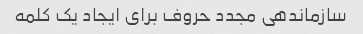
سازماندهی مجدد حروف برای ایجاد یک کلمه